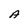
Character: A